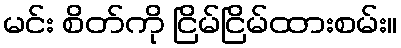
မင်း စိတ်ကို ငြိမ်ငြိမ်ထားစမ်း။